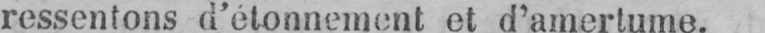
ressentons d’étonnement et d’amertume.